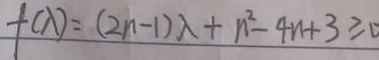
f ( \lambda ) = ( 2 n - 1 ) \lambda + n ^ { 2 } - 4 n + 3 \geq 0